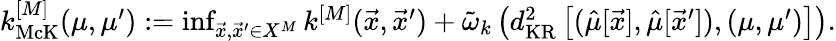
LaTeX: \begin{array}{r}{k_{\mathrm{McK}}^{[M]}(\mu,\mu^{\prime}):=\operatorname*{inf}_{\vec{x},\vec{x}^{\prime}\in X^{M}}k^{[M]}(\vec{x},\vec{x}^{\prime})+\tilde{\omega}_{k}\left(d_{\mathrm{KR}}^{2}\left[(\hat{\mu}[\vec{x}],\hat{\mu}[\vec{x}^{\prime}]),(\mu,\mu^{\prime})\right]\right){.}}\end{array}